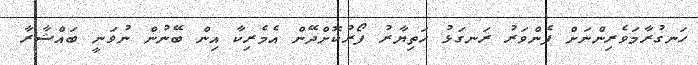
ހަނގުރާމަވެރިންނަށް ފެންވަރު ރަނގަޅު ހަތިޔާރު ފޯރުކޮށްދޭން އެމެރިކާ އިން ބޭނުން ނުވަނީ ބައްޝާރާ